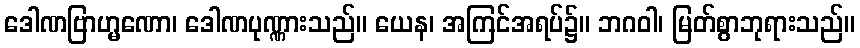
ဒေါဏဗြာဟ္မဏော၊ ဒေါဏပုဏ္ဏားသည်။ ယေန၊ အကြင်အရပ်၌။ ဘဂဝါ၊ မြတ်စွာဘုရားသည်။